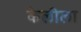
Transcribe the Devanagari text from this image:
केलीला